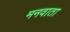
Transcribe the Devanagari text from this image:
मनवाता